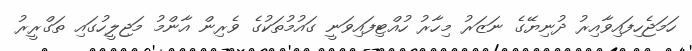
ހަމަޖެހިފައިވާއިރު ދުނިޔޭގެ ނަޒަރު މިހާރު ހުއްޓިފައިވަނީ ގައުމުތަކުގެ ވެރިން އާންމު މަޖިލީހުގައި ތަގްރީރު